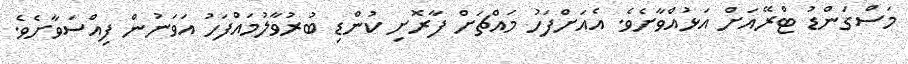
މަސްގަންޑު ޓްރޭއަށް އަޅުއްވާށެވެ. އެއަށްފަހު މައްޗަށް ފާރޮށި ކުންޑި ބުރުވާލުމައްފަހު އަވަނުން ފިއްސަވާށެވެ.